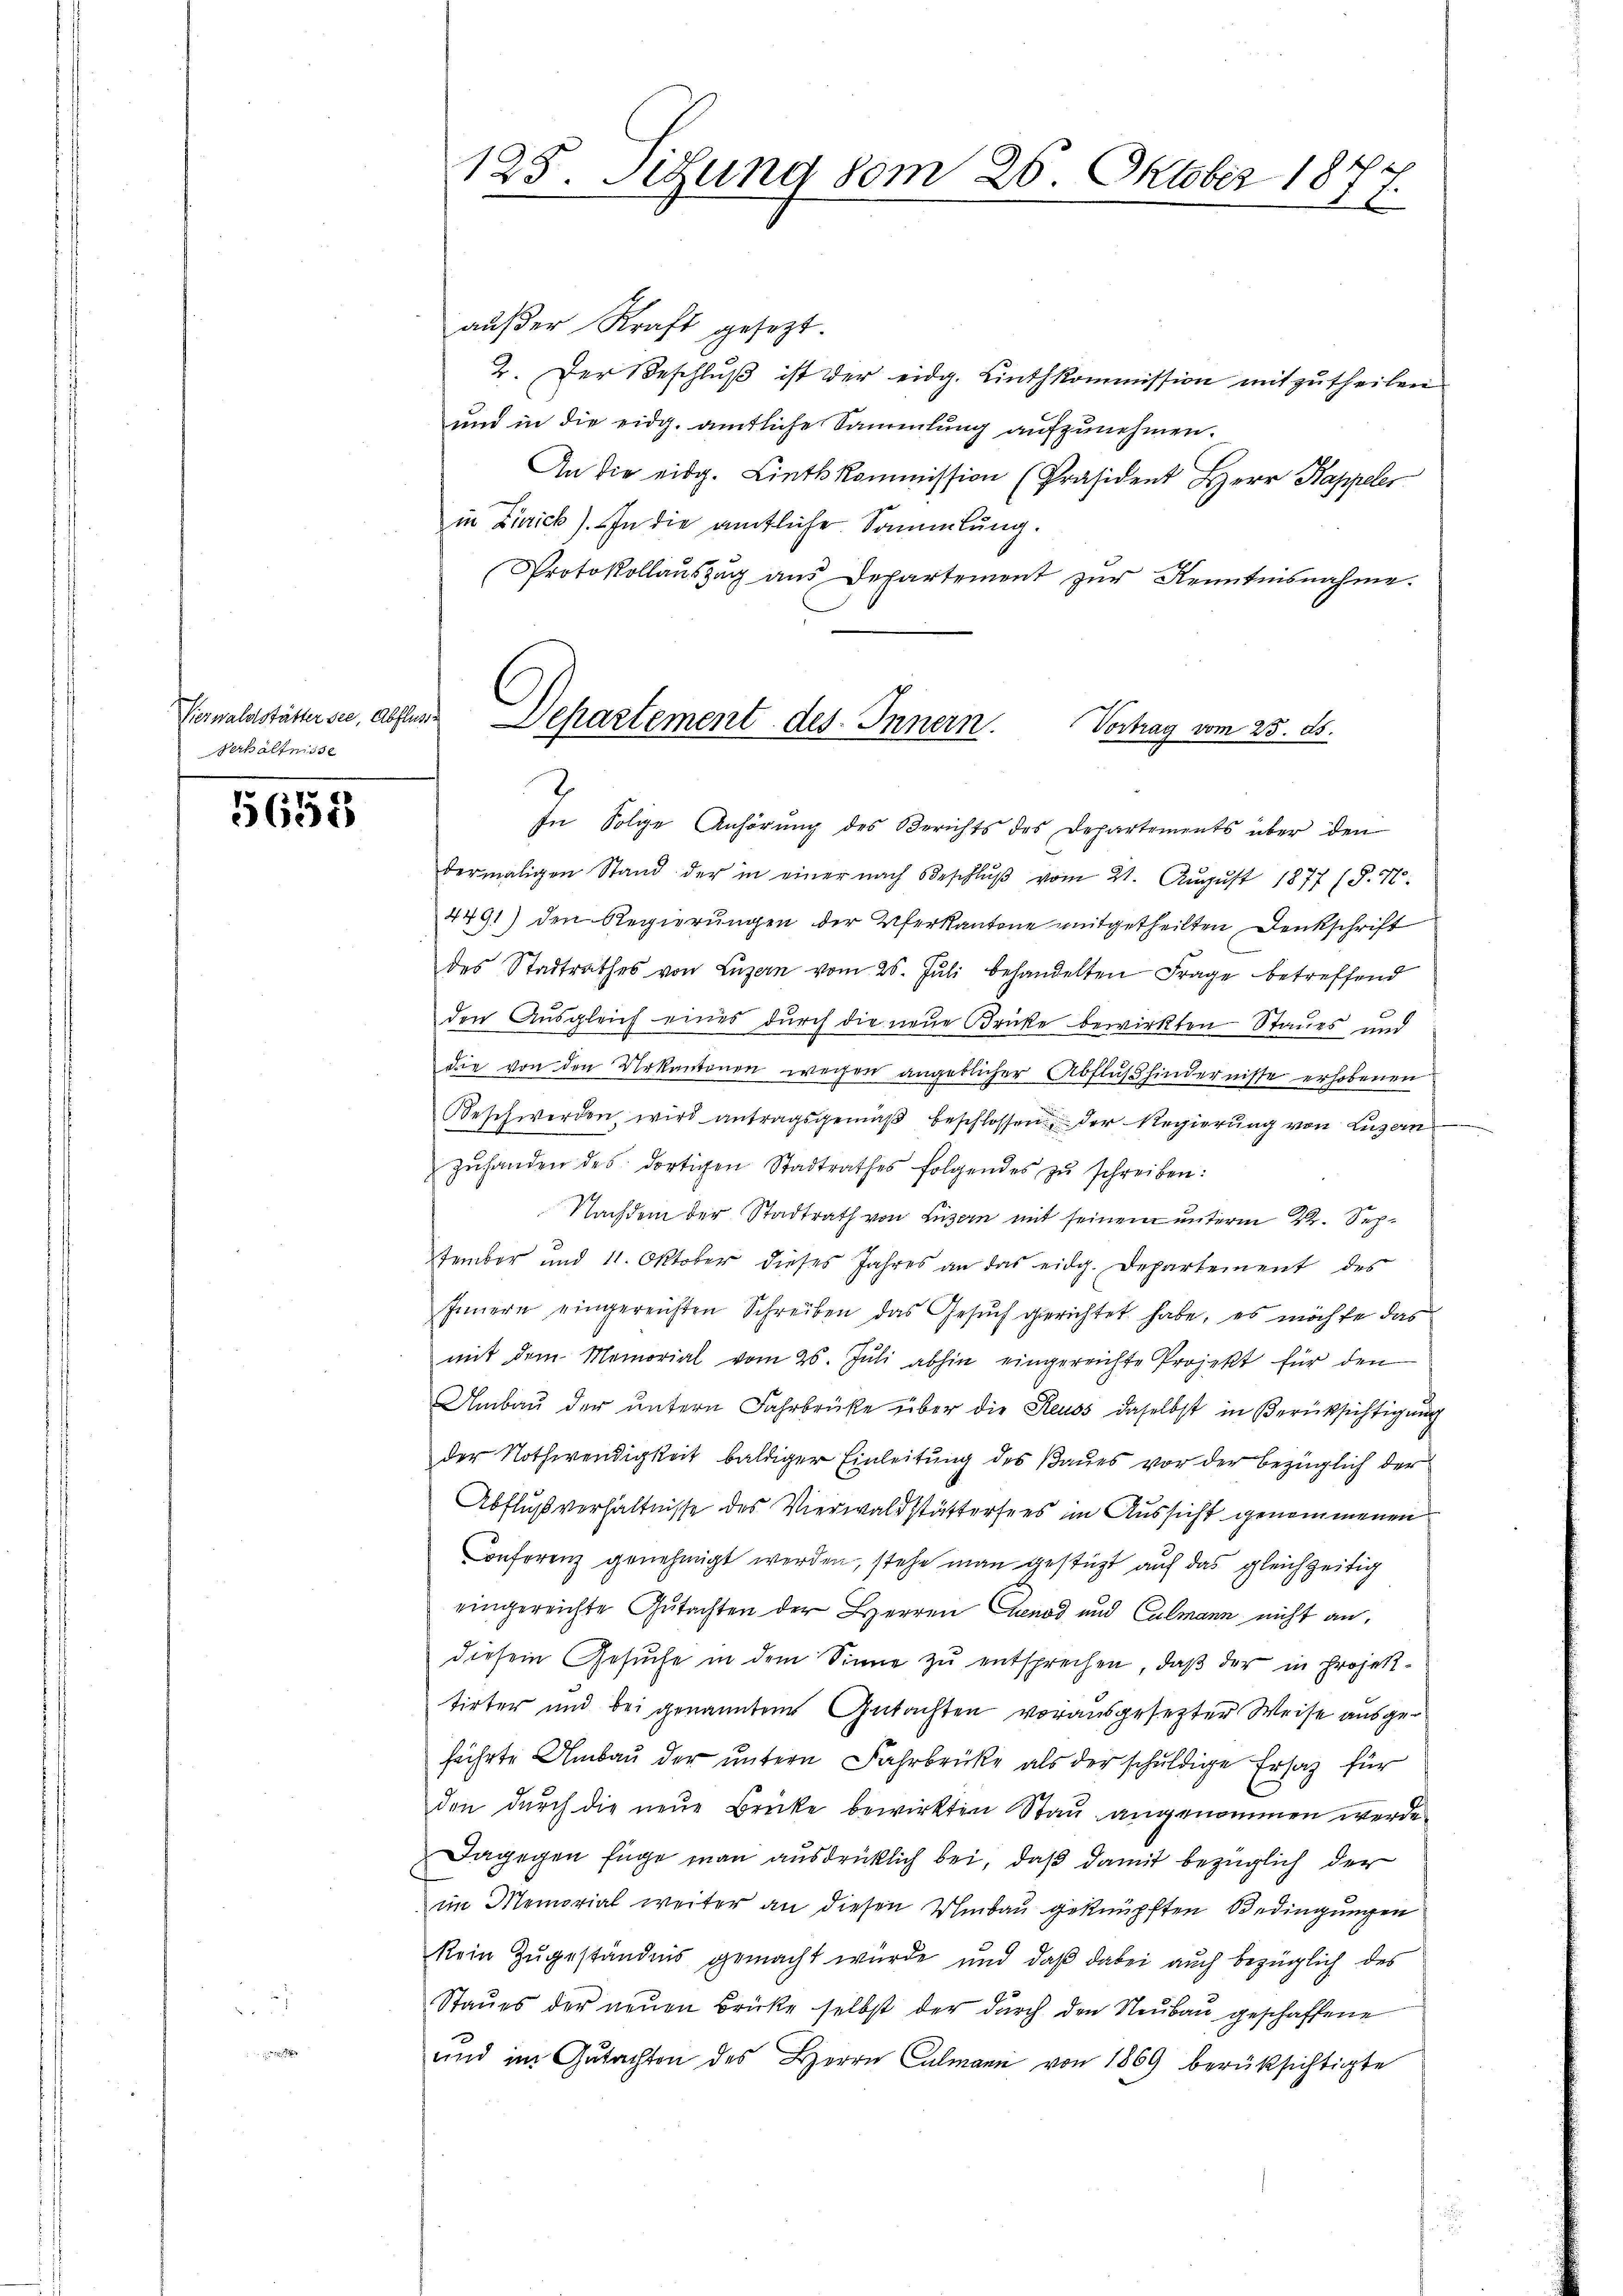
Verhältnisse

5658

außer Kraft gesezt.
2. Der Beschluß ist der eidg. Linthkommission mitzutheilen
und in die eidg. amtliche Sammlung aufzunehmen.
An die eidg. Linthkommission (Präsident Herr Kappeler
in Zürich). In die amtliche Sammlung.
Protokollaŭszŭg aŭs Departement zŭr Kenntnisnahme.

125. Sigung vom 26. Oktober 18
x

Verwaldstättersee, abstes Departement des Innern.
Vortrag vom 25. ds.

2
In Folge Anhörung des Berichts des Departements über den
dermaligen Stand der in einer nach Beschlŭβ vom 21. Aŭgŭst 1877 (§. 7.
4491) den Regierungen der Verkantone mitgetheilten Denkschrift
des Stadtrathes von Luzern vom 25. Juli behandelten Frage betreffend
den Ausgleich eines durch die neue Brücke bewirkten Staues und
die von den Urkantonen wegen angeblicher Abflußhindernisse erhobenen
Beschwerden wird antragsgemäβ beschlossen der Regierŭng von Luzern
zŭhanden des dortigen Stadtrathes folgendes zŭ schreiben:
Nachdem der Stadtrath von Luzern mit seinem unterm 22. September und 11. Oktober dieses Jahres an das eidg. Departement des
Innern eingereichten Schreiben das Gesuch gerichtet habe, es möchte das
mit dem Memorial vom 25. Jŭli abhin eingereichte Projekt für den
Umbau der untern Fahrbrüke über die Reuss daselbst in Berücksichtigung
der Nothwendigkeit baldiger Einleitung des Baues vor der bezüglich der
Abflußverhältnisse des Vierwaldstättersees im Aussicht genommenen
Conferenz genehmigt werden, stehe man gestüzt auf das gleichzeitig
eingereichte Gutachten der Herren Genos und Culmann nicht an,
diesem Gesuche in dem Sinne zu entsprechen, daß der in Projektirter und bei genannten Gutachten vorausgesetzter Weise ausgefährte Umbaŭ der ŭntern Fahrbrücke als der schuldige Ersatz für
den durch die neŭe Brücke bewirkten Stau angenommen werde.
Dagegen Enge man ausdrücklich bei, daß damit bezüglich der
im Memorial weiter an diesen Umbau geknüpften Bedingungen
kein Zugeständnis gemacht wurde und daß dabei auch bezüglich des
Staŭes der neŭen Brücke selbst der durch den Neubau geschaffene
und im Gutachten des Herrn Culmann von 1869 berüksichtigte